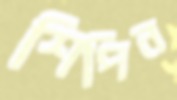
শিপিন